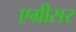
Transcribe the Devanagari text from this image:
एग्रीसर